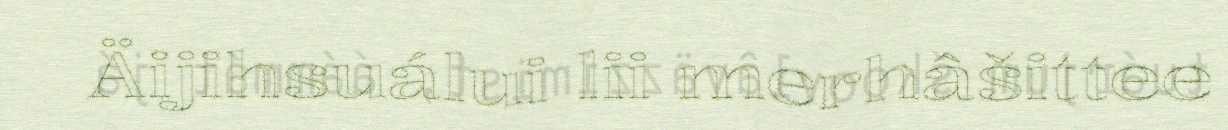
Äijihsuálui lii merhâšittee